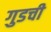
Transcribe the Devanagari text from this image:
गुडची